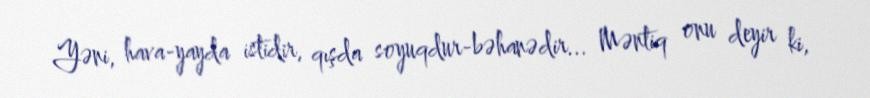
Yəni, hava-yayda istidir, qışda soyuqdur-bəhanədir... Məntiq onu deyir ki,